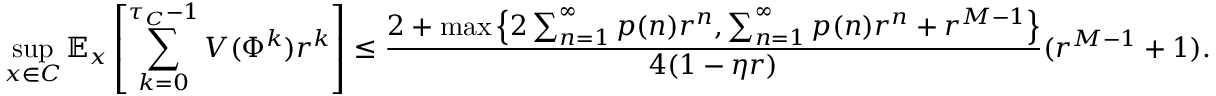
\operatorname* { s u p } _ { x \in C } \mathbb { E } _ { x } \left[ \sum _ { k = 0 } ^ { \tau _ { C } - 1 } V ( \Phi ^ { k } ) r ^ { k } \right] \leq \frac { 2 + \operatorname* { m a x } \left\{ 2 \sum _ { n = 1 } ^ { \infty } p ( n ) r ^ { n } , \sum _ { n = 1 } ^ { \infty } p ( n ) r ^ { n } + r ^ { M - 1 } \right\} } { 4 ( 1 - \eta r ) } ( r ^ { M - 1 } + 1 ) .